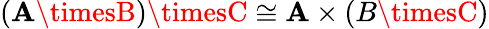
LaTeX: (\mathbf{A}\timesB)\timesC\cong\mathbf{A}\times(B\timesC)